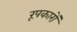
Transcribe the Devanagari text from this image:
रूपकारों